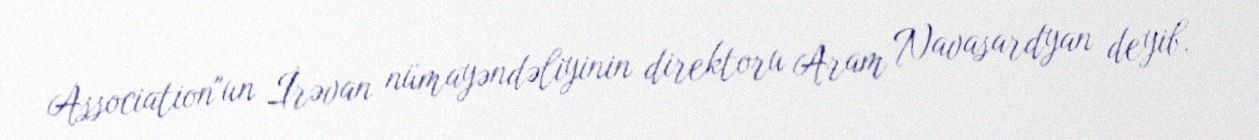
Association"un İrəvan nümayəndəliyinin direktoru Aram Navasardyan deyib.